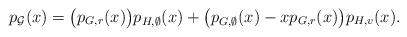
LaTeX: \begin{align*}p_{\mathcal{G}}(x)=\big(p_{G,r}(x)\big)p_{H,\emptyset}(x)+\big(p_{G,\emptyset}(x)-xp_{G,r}(x)\big)p_{H,v}(x).\end{align*}